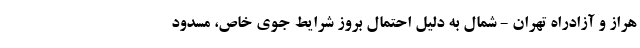
هراز و آزادراه تهران - شمال به دلیل احتمال بروز شرایط جوی خاص، مسدود